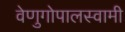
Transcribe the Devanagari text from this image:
वेणुगोपालस्‍वामी